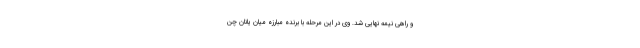
و راهی نیمه نهایی شد. وی در این مرحله با برنده مبارزه میان یانان چن